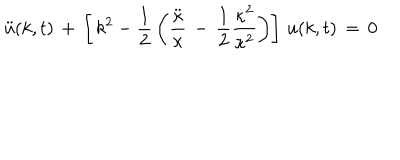
\ddot { u } ( k , t ) \, + \, \left[ \, k ^ { 2 } - { \frac { 1 } { 2 } } \left( { \frac { \ddot { \kappa } } { \kappa } } \, - \, { \frac { 1 } { 2 } } { \frac { \dot { \kappa } ^ { 2 } } { \kappa ^ { 2 } } } \right) \right] \, u ( k , t ) \, = \, 0